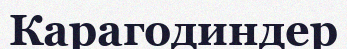
Карагодиндер